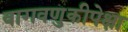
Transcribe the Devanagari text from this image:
वागवणुकीपेक्षा